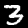
Digit: 3